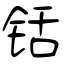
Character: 铦